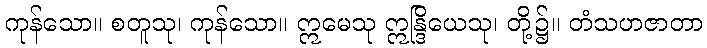
ကုန်သော။ စတူသု၊ ကုန်သော။ ဣမေသု ဣန္ဒြိယေသု၊ တို့၌။ တံသဟဇာတာ